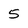
Character: 5